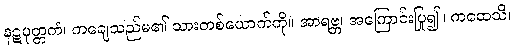
နဋပုတ္တကံ၊ ကချေသည်မ၏ သားတစ်ယောက်ကို။ အာရဗ္ဘ၊ အကြောင်းပြု၍။ ကထေသိ၊